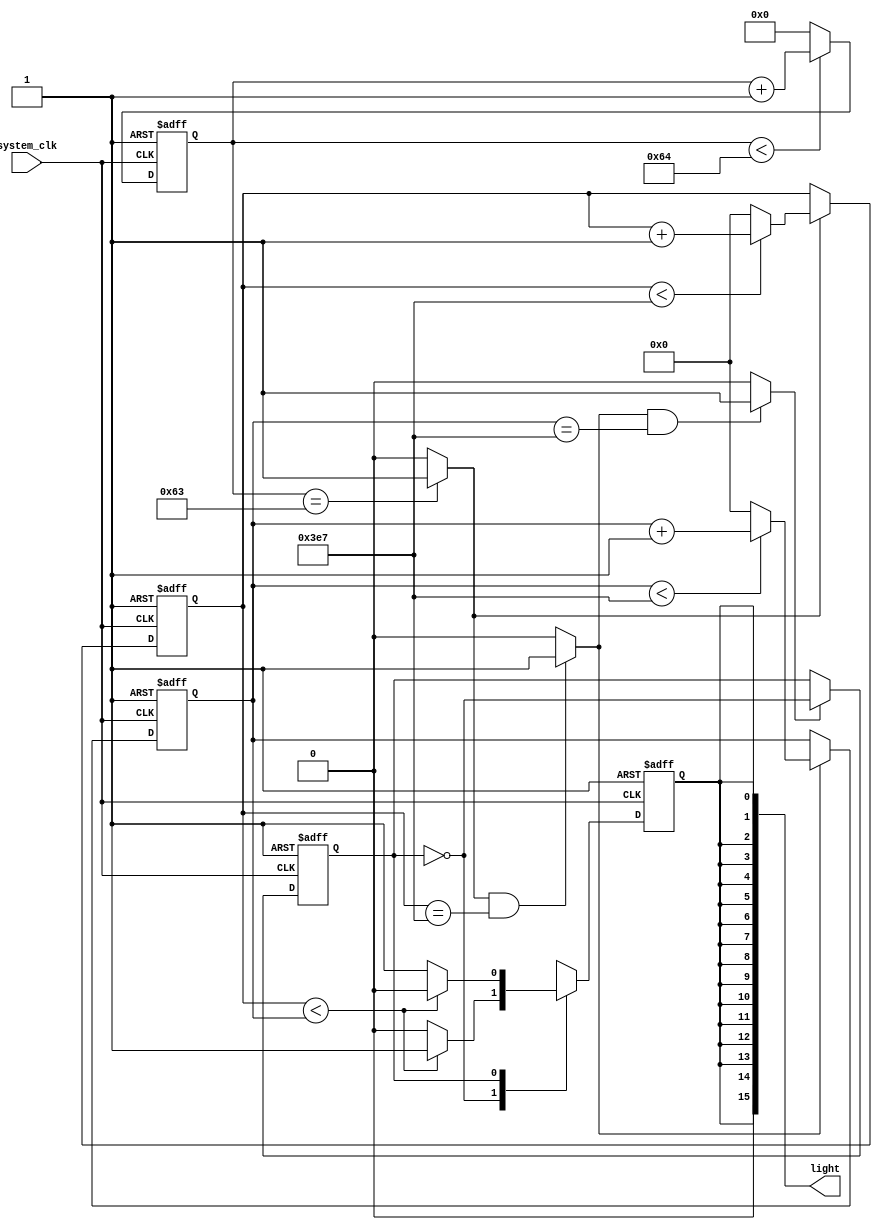
`timescale 1ns / 1ps
//////////////////////////////////////////////////////////////////////////////////
// Company: 
// Engineer: 
// 
// Design Name: 
// Module Name: Breath
// Project Name: 
// Target Devices: 
// Tool Versions: 
// Description: 
// 
// Dependencies: 
// 
// Revision:
// Revision 0.01 - File Created
// Additional Comments:
// 
//////////////////////////////////////////////////////////////////////////////////


module Breath(
    input wire system_clk,
    output wire [15:0] light
    );
    wire rst_n;
    assign rst_n=1;
    reg [6:0] cnt1=0;
    reg [9:0] cnt2=0;
    reg [9:0] cnt3=0;
    wire delay_1us;
    wire delay_1ms;
    wire delay_1s;
    //1us
        always @(posedge system_clk or negedge rst_n)
        begin
            if(!rst_n)
                cnt1 <= 6'b0;
            else if(cnt1 < 7'd100)
                cnt1 <= cnt1 + 1'b1;
            else 
                cnt1 <= 6'b0;
        end
        assign delay_1us = (cnt1 == 7'd99)?1'b1:1'b0;//100M/1000
    
        //1ms
        always @(posedge system_clk or negedge rst_n)
        begin
            if(!rst_n)
                cnt2 <= 10'b0;
            else if(delay_1us)
            begin
                if(cnt2 < 10'd999)    
                    cnt2 <= cnt2 + 1'b1;
                else 
                    cnt2 <= 10'b0;
            end
           end
           assign delay_1ms = ((delay_1us == 1'b1) && (cnt2 == 10'd999))?1'b1:1'b0;
    
           //1s
           always @(posedge system_clk or negedge rst_n)
        begin
            if(!rst_n)
                cnt3 <= 10'b0;
            else if(delay_1ms)
            begin
                 if(cnt3 < 10'd999)
                    cnt3 <= cnt3 + 1'b1;
                else 
                    cnt3 <= 10'b0;
             end
            
        end
        assign delay_1s = ((delay_1ms == 1'b1) && (cnt3 == 10'd999))?1'b1:1'b0;
        reg display_state=0;
        //state change
        always @(posedge system_clk or negedge rst_n)
        begin
            if(!rst_n)
                display_state <= 1'b0;
            else if(delay_1s)//led
                display_state <= ~display_state;
            else 
                display_state <= display_state;
        end
        reg pwm=0;
            //pwm
        always @(posedge system_clk or negedge rst_n)
        begin
            if(!rst_n)
                    pwm <= 1'b0;
            else 
                case(display_state)
                    1'b0: pwm <= (cnt2 < cnt3)?1'b1:1'b0;
                    1'b1: pwm <= (cnt2 < cnt3)?1'b0:1'b1;
                    default: pwm <= pwm;
                endcase
        end
        assign light={15{pwm}};
endmodule